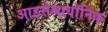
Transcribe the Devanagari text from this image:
आइसेथायोनिक